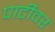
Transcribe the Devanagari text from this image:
पार्टीवर